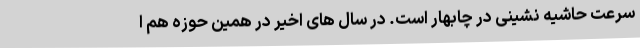
سرعت حاشیه نشینی در چابهار است. در سال های اخیر در همین حوزه هم ا